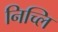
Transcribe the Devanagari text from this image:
निच्लि